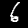
Digit: 6